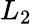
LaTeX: L_{\mathrm{2}}